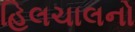
હિલચાલનો